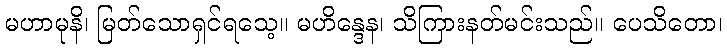
မဟာမုနိ၊ မြတ်သောရှင်ရသေ့။ မဟိန္ဒေန၊ သိကြားနတ်မင်းသည်။ ပေသိတော၊